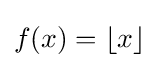
f(x)=\lfloor x\rfloor